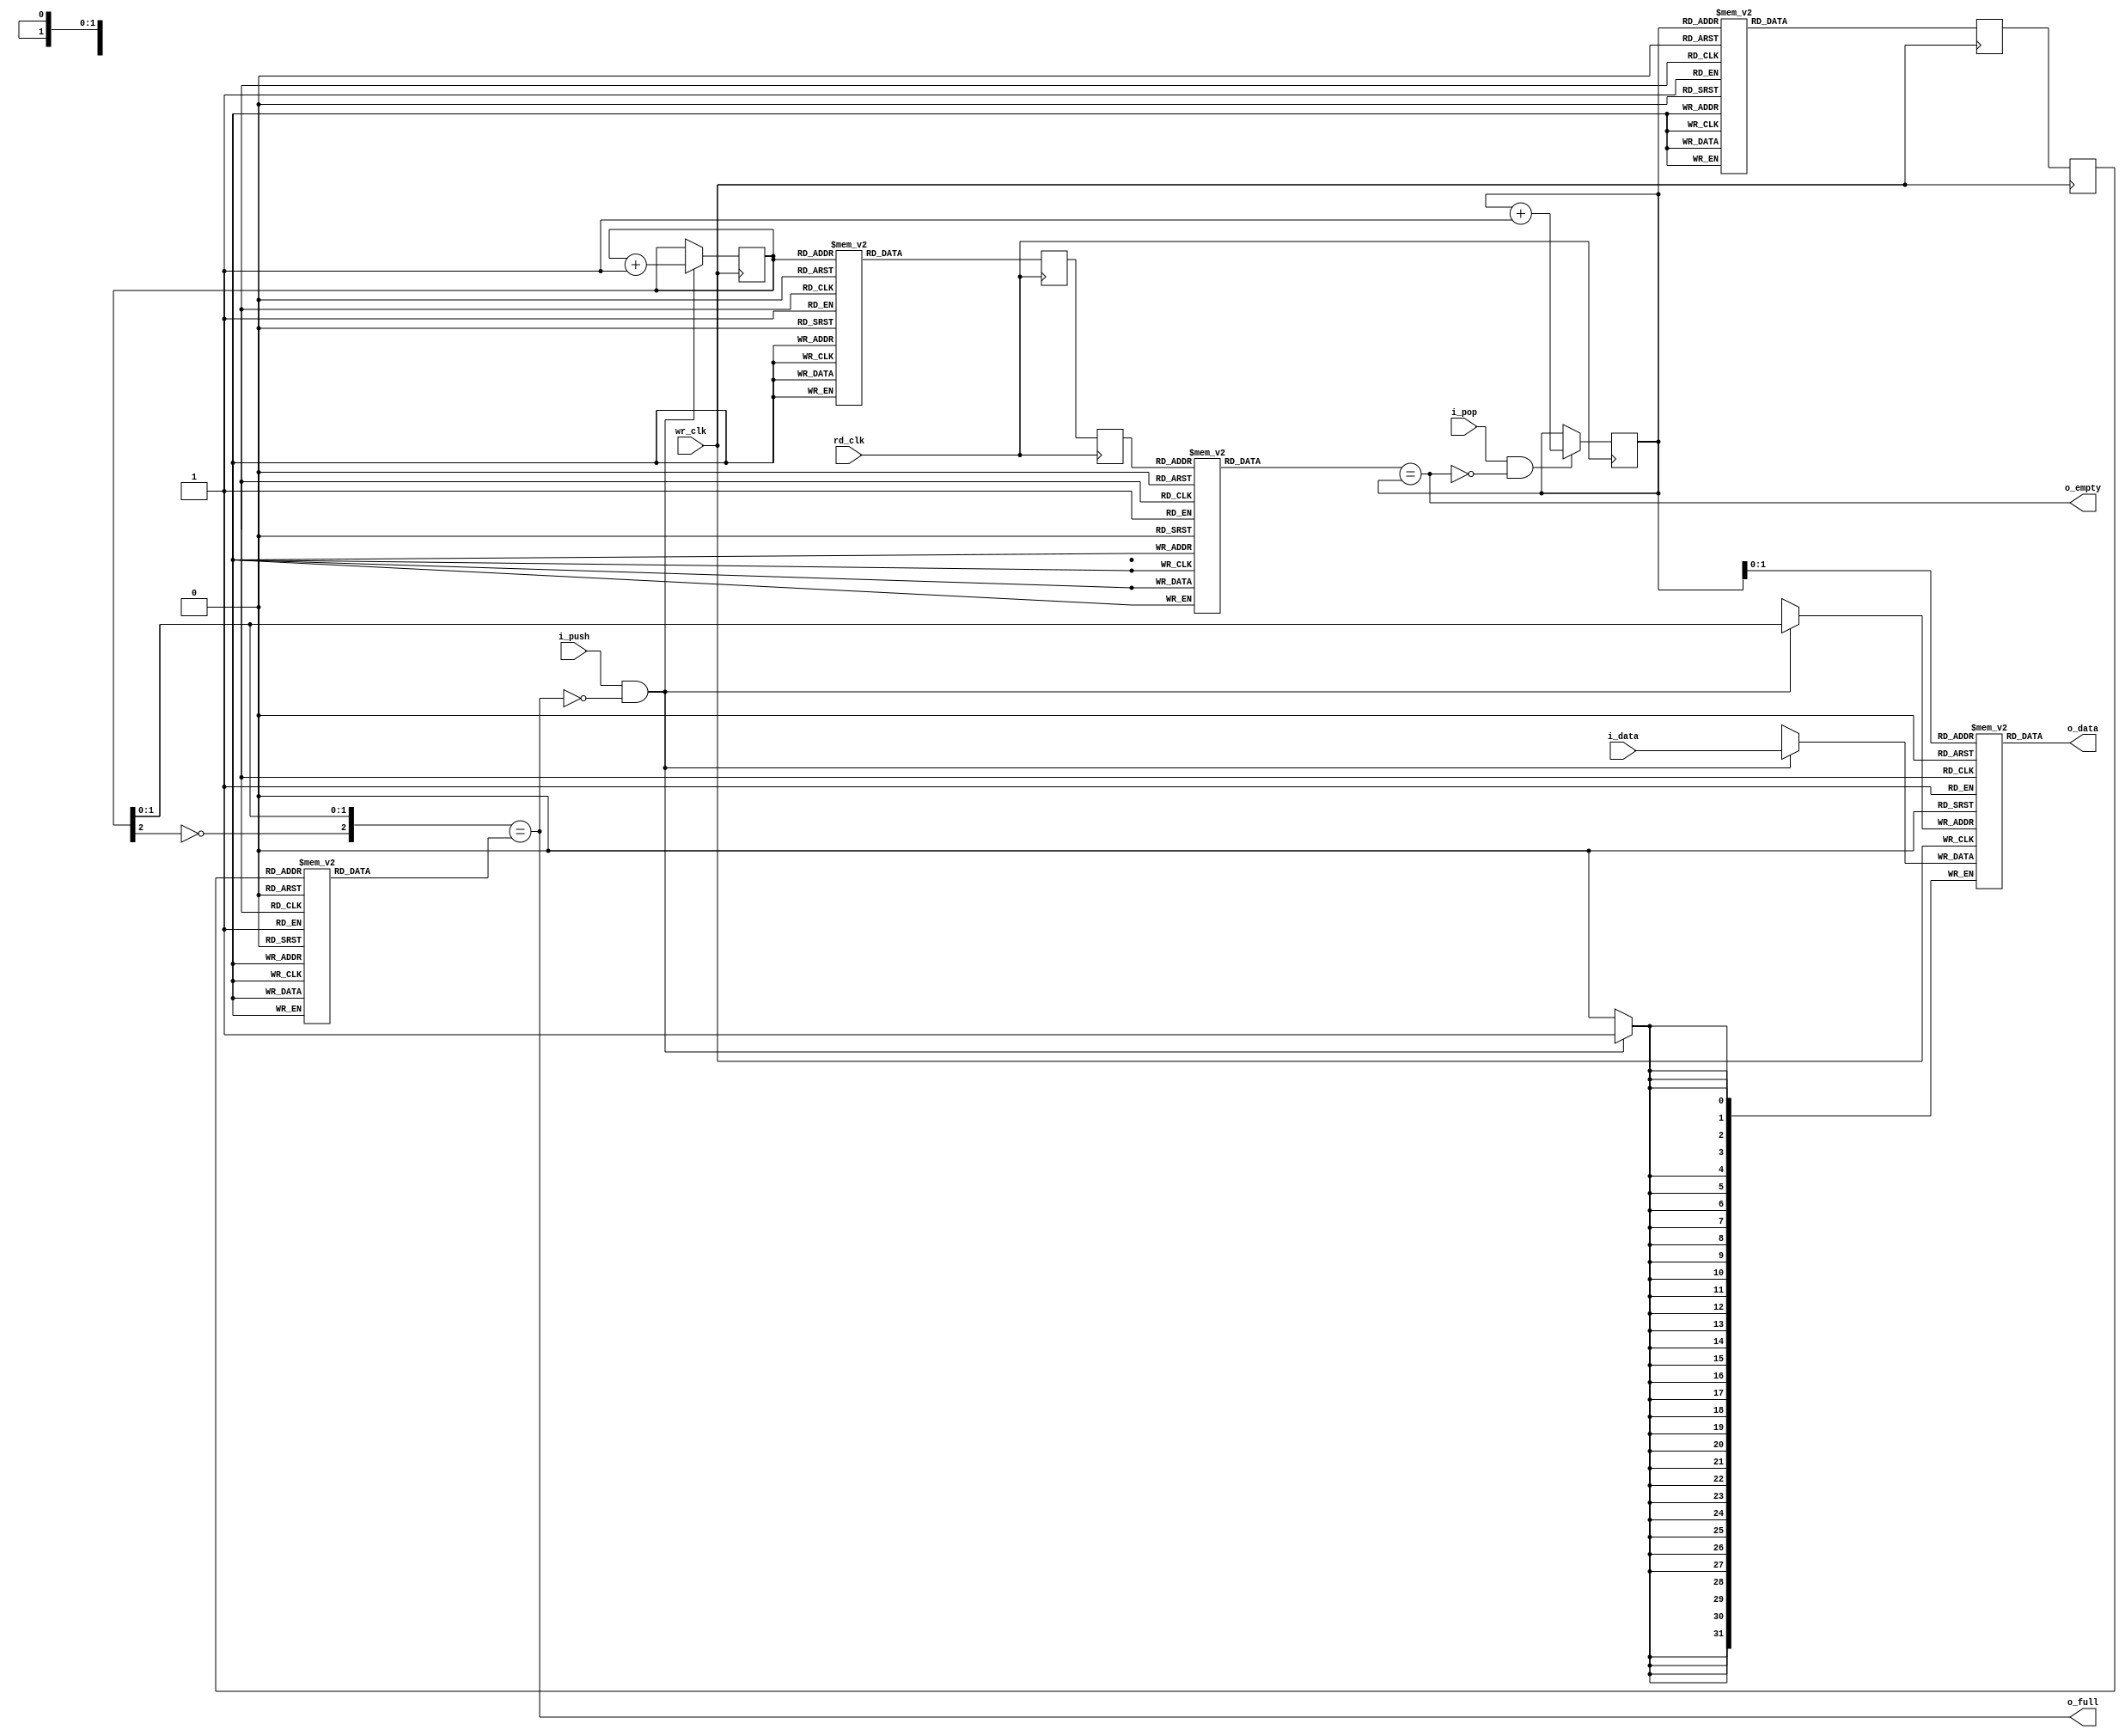
module afifo 
#(
parameter D_WIDTH = 32 
) 
(
input                       wr_clk,
input                       rd_clk,

input   [D_WIDTH-1:0]       i_data,
output  [D_WIDTH-1:0]       o_data,
input                       i_push,
input                       i_pop,

output                      o_full,
output                      o_empty
);

reg  [2:0] wr_pointer = 'd0, rd_pointer = 'd0;
reg  [2:0] wr_pointer_d1 = 'd0, rd_pointer_d1 = 'd0;
reg  [2:0] wr_pointer_d2 = 'd0, rd_pointer_d2 = 'd0;
wire [2:0] wr_pointer_rd, rd_pointer_wr;


reg [D_WIDTH-1:0] data [3:0];


always @( posedge wr_clk )
    if ( i_push && !o_full )
        begin
        wr_pointer <= wr_pointer + 1'd1;
        data[wr_pointer[1:0]] <= i_data;
        end


always @( posedge wr_clk )
    begin
    rd_pointer_d1 <= gray8(rd_pointer);
    rd_pointer_d2 <= rd_pointer_d1;
    end


always @( posedge rd_clk )
    if ( i_pop && !o_empty )
        rd_pointer <= rd_pointer + 1'd1;


always @( posedge rd_clk )
    begin
    wr_pointer_d1 <= gray8(wr_pointer);
    wr_pointer_d2 <= wr_pointer_d1;
    end


assign wr_pointer_rd = ungray8(wr_pointer_d2);
assign rd_pointer_wr = ungray8(rd_pointer_d2);

assign o_data  = data[rd_pointer[1:0]];
assign o_full  = {~wr_pointer[2], wr_pointer[1:0]} == rd_pointer_wr;
assign o_empty = wr_pointer_rd == rd_pointer;


function [2:0] gray8;
input [2:0] binary;
begin
    case(binary)
        3'b000 : gray8 = 3'b000;
        3'b001 : gray8 = 3'b001;
        3'b010 : gray8 = 3'b011;
        3'b011 : gray8 = 3'b010;
        3'b100 : gray8 = 3'b110;
        3'b101 : gray8 = 3'b111;
        3'b110 : gray8 = 3'b101;
        3'b111 : gray8 = 3'b100;
    endcase
end
endfunction


function [2:0] ungray8;
input [2:0] gray;
begin
    case(gray)
        3'b000 : ungray8 = 3'b000;
        3'b001 : ungray8 = 3'b001;
        3'b011 : ungray8 = 3'b010;
        3'b010 : ungray8 = 3'b011;
        3'b110 : ungray8 = 3'b100;
        3'b111 : ungray8 = 3'b101;
        3'b101 : ungray8 = 3'b110;
        3'b100 : ungray8 = 3'b111;
    endcase
end
endfunction

endmodule